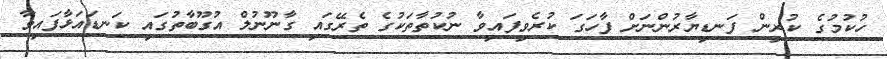
ހުކުމުގެ ކުރިން ފަނޑިޔާރުންނަށް ފާހަގަ ކުރެވިފައިވާ ނުކުތާތަކުގެ ތެރޭގައި ގާނޫނުލް އުގޫބާތުގައި ކަނޑައަޅާފައިވާ